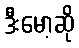
ဒီးမော့ဆို